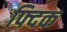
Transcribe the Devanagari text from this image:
फ्दिक